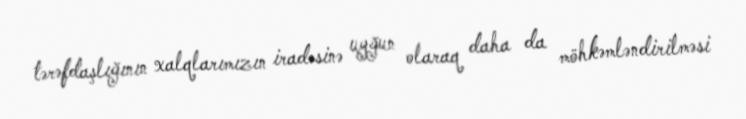
tərəfdaşlığının xalqlarımızın iradəsinə uyğun olaraq daha da möhkəmləndirilməsi